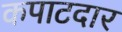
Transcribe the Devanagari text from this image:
कपाटदार